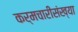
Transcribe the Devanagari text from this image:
कर्मचारीसंख्या